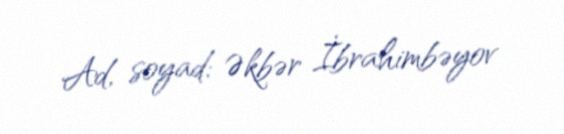
Ad, soyad: Əkbər İbrahimbəyov